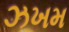
ઝખમ